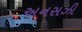
અનસઝી